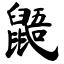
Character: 鼯